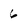
Character: 6